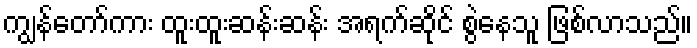
ကျွန်တော်ကား ထူးထူးဆန်းဆန်း အရက်ဆိုင် စွဲနေသူ ဖြစ်လာသည်။